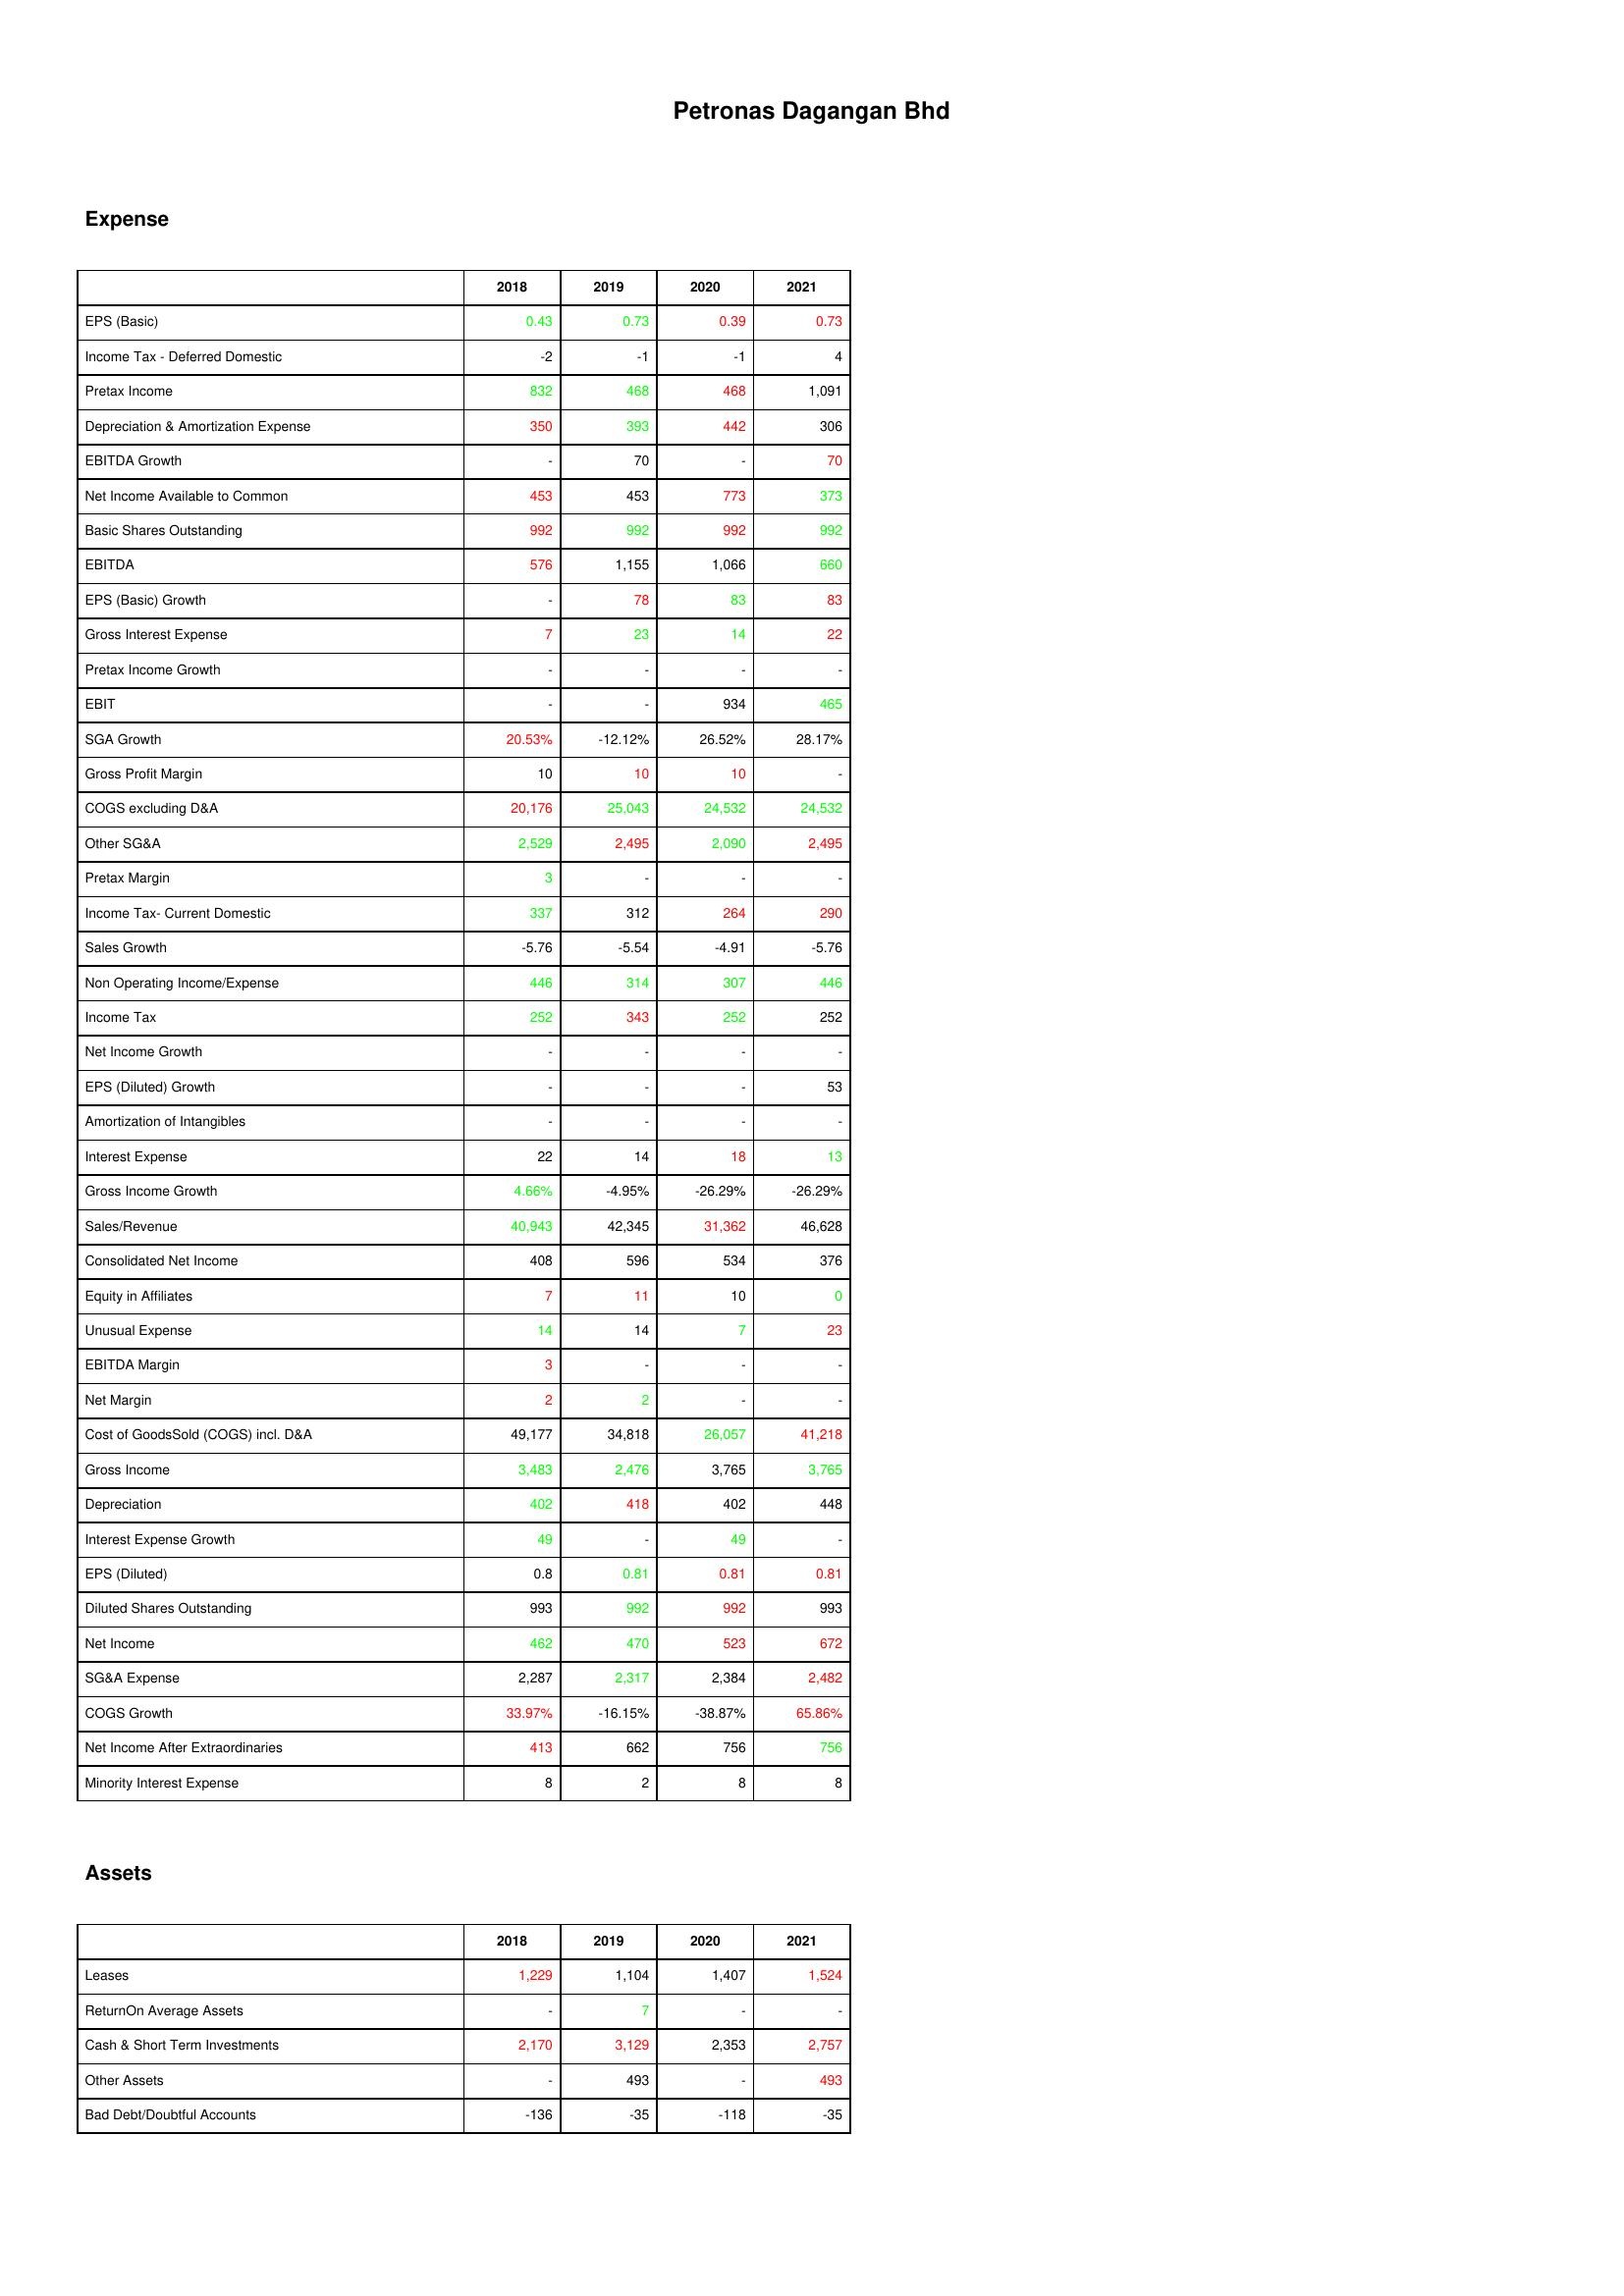
gt_parse: 2018: Expense: EPS (Basic): 0.43
Income Tax - Deferred Domestic: -2
Pretax Income: 832
Depreciation & Amortization Expense: 350
EBITDA Growth: -
Net Income Available to Common: 453
Basic Shares Outstanding: 992
EBITDA: 576
EPS (Basic) Growth: -
Gross Interest Expense: 7
Pretax Income Growth: -
EBIT: -
SGA Growth: 20.53%
Gross Profit Margin: 10
COGS excluding D&A: 20,176
Other SG&A: 2,529
Pretax Margin: 3
Income Tax- Current Domestic: 337
Sales Growth: -5.76
Non Operating Income/Expense: 446
Income Tax: 252
Net Income Growth: -
EPS (Diluted) Growth: -
Amortization of Intangibles: -
Interest Expense: 22
Gross Income Growth: 4.66%
Sales/Revenue: 40,943
Consolidated Net Income: 408
Equity in Affiliates: 7
Unusual Expense: 14
EBITDA Margin: 3
Net Margin: 2
Cost of GoodsSold (COGS) incl. D&A: 49,177
Gross Income: 3,483
Depreciation: 402
Interest Expense Growth: 49
EPS (Diluted): 0.8
Diluted Shares Outstanding: 993
Net Income: 462
SG&A Expense: 2,287
COGS Growth: 33.97%
Net Income After Extraordinaries: 413
Minority Interest Expense: 8
Assets: Leases: 1,229
ReturnOn Average Assets: -
Cash & Short Term Investments: 2,170
Other Assets: -
Bad Debt/Doubtful Accounts: -136
2019: Expense: EPS (Basic): 0.73
Income Tax - Deferred Domestic: -1
Pretax Income: 468
Depreciation & Amortization Expense: 393
EBITDA Growth: 70
Net Income Available to Common: 453
Basic Shares Outstanding: 992
EBITDA: 1,155
EPS (Basic) Growth: 78
Gross Interest Expense: 23
Pretax Income Growth: -
EBIT: -
SGA Growth: -12.12%
Gross Profit Margin: 10
COGS excluding D&A: 25,043
Other SG&A: 2,495
Pretax Margin: -
Income Tax- Current Domestic: 312
Sales Growth: -5.54
Non Operating Income/Expense: 314
Income Tax: 343
Net Income Growth: -
EPS (Diluted) Growth: -
Amortization of Intangibles: -
Interest Expense: 14
Gross Income Growth: -4.95%
Sales/Revenue: 42,345
Consolidated Net Income: 596
Equity in Affiliates: 11
Unusual Expense: 14
EBITDA Margin: -
Net Margin: 2
Cost of GoodsSold (COGS) incl. D&A: 34,818
Gross Income: 2,476
Depreciation: 418
Interest Expense Growth: -
EPS (Diluted): 0.81
Diluted Shares Outstanding: 992
Net Income: 470
SG&A Expense: 2,317
COGS Growth: -16.15%
Net Income After Extraordinaries: 662
Minority Interest Expense: 2
Assets: Leases: 1,104
ReturnOn Average Assets: 7
Cash & Short Term Investments: 3,129
Other Assets: 493
Bad Debt/Doubtful Accounts: -35
2020: Expense: EPS (Basic): 0.39
Income Tax - Deferred Domestic: -1
Pretax Income: 468
Depreciation & Amortization Expense: 442
EBITDA Growth: -
Net Income Available to Common: 773
Basic Shares Outstanding: 992
EBITDA: 1,066
EPS (Basic) Growth: 83
Gross Interest Expense: 14
Pretax Income Growth: -
EBIT: 934
SGA Growth: 26.52%
Gross Profit Margin: 10
COGS excluding D&A: 24,532
Other SG&A: 2,090
Pretax Margin: -
Income Tax- Current Domestic: 264
Sales Growth: -4.91
Non Operating Income/Expense: 307
Income Tax: 252
Net Income Growth: -
EPS (Diluted) Growth: -
Amortization of Intangibles: -
Interest Expense: 18
Gross Income Growth: -26.29%
Sales/Revenue: 31,362
Consolidated Net Income: 534
Equity in Affiliates: 10
Unusual Expense: 7
EBITDA Margin: -
Net Margin: -
Cost of GoodsSold (COGS) incl. D&A: 26,057
Gross Income: 3,765
Depreciation: 402
Interest Expense Growth: 49
EPS (Diluted): 0.81
Diluted Shares Outstanding: 992
Net Income: 523
SG&A Expense: 2,384
COGS Growth: -38.87%
Net Income After Extraordinaries: 756
Minority Interest Expense: 8
Assets: Leases: 1,407
ReturnOn Average Assets: -
Cash & Short Term Investments: 2,353
Other Assets: -
Bad Debt/Doubtful Accounts: -118
2021: Expense: EPS (Basic): 0.73
Income Tax - Deferred Domestic: 4
Pretax Income: 1,091
Depreciation & Amortization Expense: 306
EBITDA Growth: 70
Net Income Available to Common: 373
Basic Shares Outstanding: 992
EBITDA: 660
EPS (Basic) Growth: 83
Gross Interest Expense: 22
Pretax Income Growth: -
EBIT: 465
SGA Growth: 28.17%
Gross Profit Margin: -
COGS excluding D&A: 24,532
Other SG&A: 2,495
Pretax Margin: -
Income Tax- Current Domestic: 290
Sales Growth: -5.76
Non Operating Income/Expense: 446
Income Tax: 252
Net Income Growth: -
EPS (Diluted) Growth: 53
Amortization of Intangibles: -
Interest Expense: 13
Gross Income Growth: -26.29%
Sales/Revenue: 46,628
Consolidated Net Income: 376
Equity in Affiliates: 0
Unusual Expense: 23
EBITDA Margin: -
Net Margin: -
Cost of GoodsSold (COGS) incl. D&A: 41,218
Gross Income: 3,765
Depreciation: 448
Interest Expense Growth: -
EPS (Diluted): 0.81
Diluted Shares Outstanding: 993
Net Income: 672
SG&A Expense: 2,482
COGS Growth: 65.86%
Net Income After Extraordinaries: 756
Minority Interest Expense: 8
Assets: Leases: 1,524
ReturnOn Average Assets: -
Cash & Short Term Investments: 2,757
Other Assets: 493
Bad Debt/Doubtful Accounts: -35